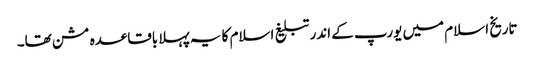
تاریخ اسلام میں یورپ کے اندر تبلیغ اسلام کا یہ پہلا باقاعدہ مشن تھا۔